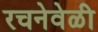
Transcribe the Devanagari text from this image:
रचनेवेळी